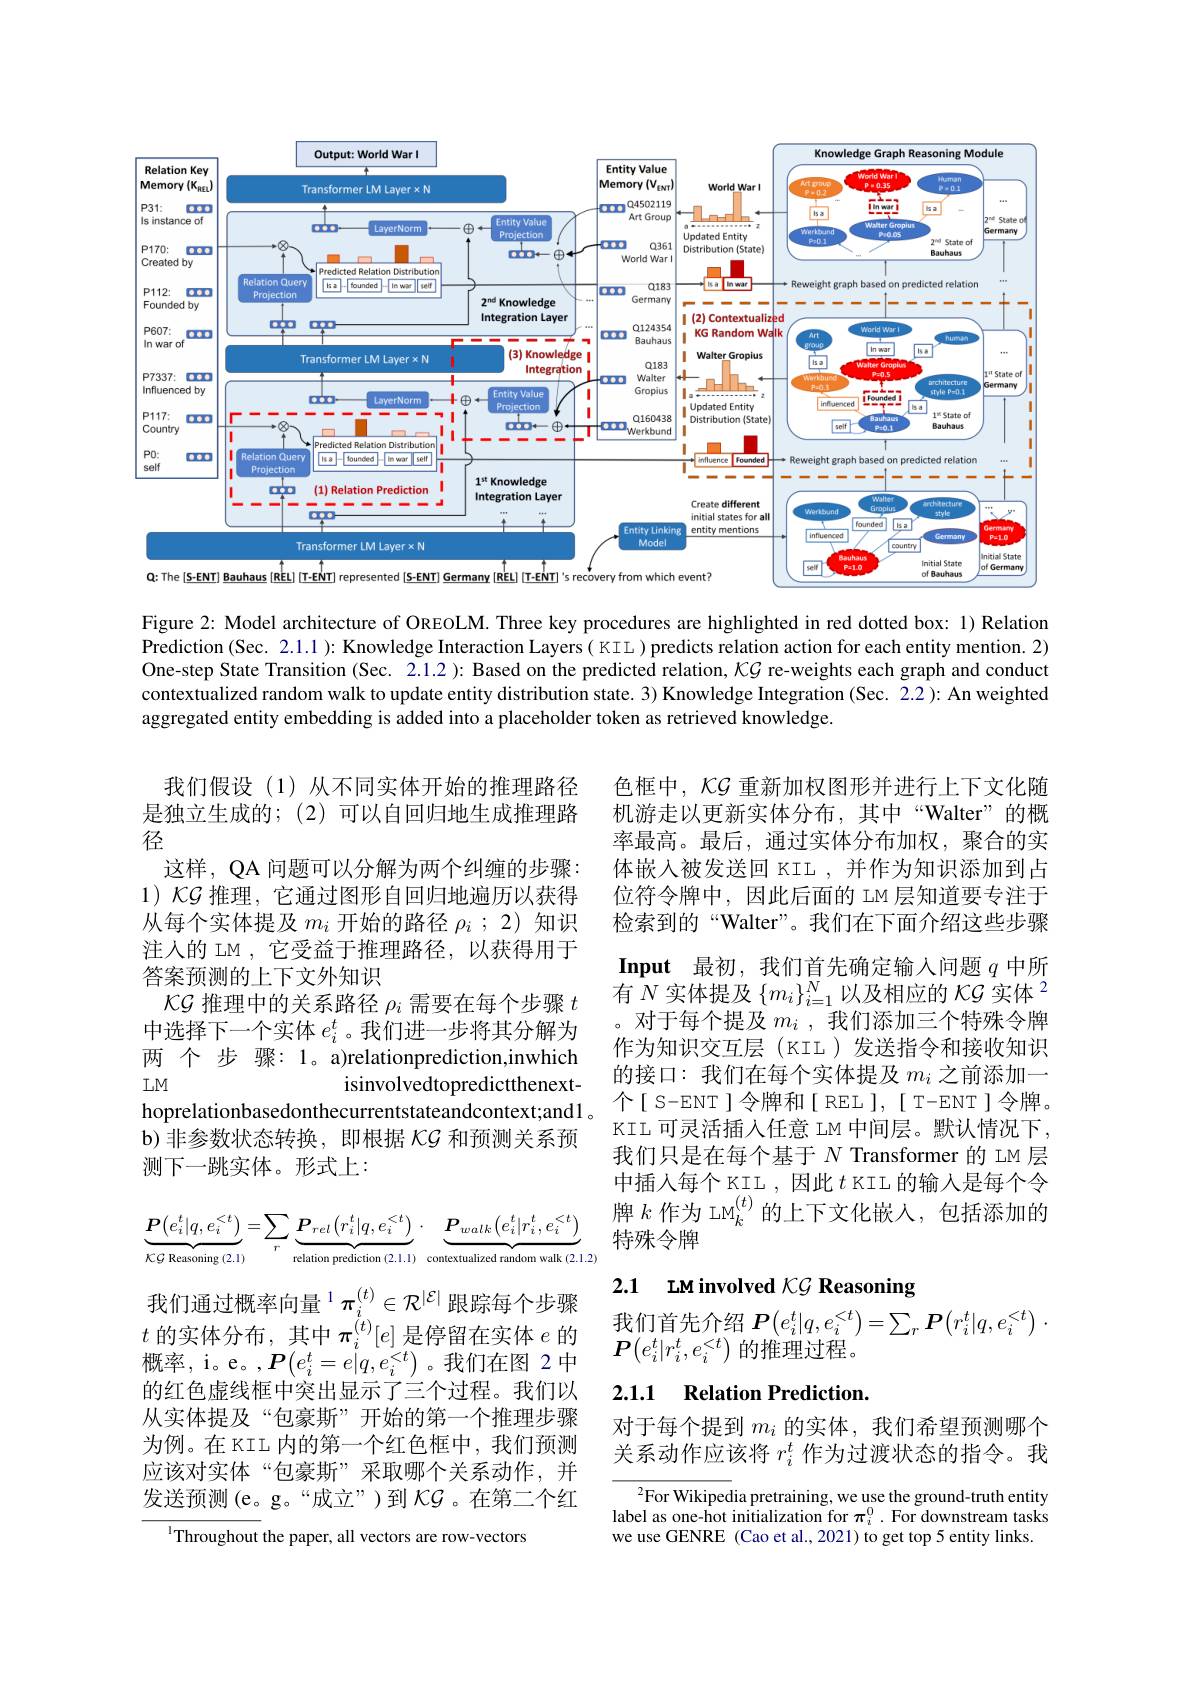
<FigureHere>

Figure 2: Model architecture of OREOLM. Three key procedures are highlighted in red dotted box: 1) Relation Prediction (Sec. 2.1.1 ): Knowledge Interaction Layers( KIL ) predicts relation action for each entity mention. 2) One-step State Transition (Sec. 2.1.2 ): Based on the predicted relation, $\kappa\mathcal{G}$ re-weights each graph and conduct contextualized random walk to update entity distribution state. 3) Knowledge Integration (Sec. 2.2): An weighted aggregated entity embedding is added into a placeholder token as retrieved knowledge.

我们假设(1)从不同实体开始的推理路径是独立生成的；(2)可以自回归地生成推理路径
这样，QA 问题可以分解为两个纠缠的步骤： 1) KG 推理，它通过图形自回归地遍历以获得从每个实体提及$m_i$开始的路径$\rho_i$ ;2) 知识注人的 LM ,它受益于推理路径，以获得用于答案预测的上下文外知识
$\mathcal{KG}$推理中的关系路径$\rho_i$需要在每个步骤$t$ 中选择下一个实体$e_i^t$。我们进一步将其分解为两 个 步 骤：1。a)relationprediction,inwhich $LM$
isinvolvedtopredictthenext-
hoprelationbasedonthecurrentstateandcontext;and1。个[ S-ENT]令牌和[ REL],[ T-ENT]令牌。
b)非参数状态转换，即根据$\mathcal{KG}$和预测关系预
测下一跳实体。形式上：

色框中，$\mathcal{KG}$重新加权图形并进行上下文化随机游走以更新实体分布，其中“Walter”的概率最高。最后，通过实体分布加权，聚合的实体嵌入被发送回 KIL ,并作为知识添加到占位符令牌中，因此后面的 LM 层知道要专注于检索到的“Walter”。我们在下面介绍这些步骤Input 最初，我们首先确定输入问题$q$中所有$N$实体提及$\left\{m_i\right\}_i=1^N$以及相应的$KG\text{ 实体}^2$ 对于每个提及$m_i$ ,我们添加三个特殊令牌作为知识交互层(KIL)发送指令和接收知识的接口：我们在每个实体提及$m_i$之前添加一KIL 可灵活插入任意 IM 中间层。默认情况下， 我们只是在每个基于$N$ Transformer 的 LM 层中插人每个 KIL , 因此$t$ KII 的输入是每个令牌$k\text{ 作为 LM}_k^{(t)}$的上下文化嵌入，包括添加的特殊令牌
$$\underbrace{\boldsymbol{P}\big(e_{i}^{t}|q,e_{i}^{<t}\big)}_{\boldsymbol{K}\mathcal{G}\text{Reasoning (2.1)}}=\sum_{r}\underbrace{\boldsymbol{P}_{rel}\big(r_{i}^{t}|q,e_{i}^{<t}\big)}_{\text{relation prediction (2.1.1)}}\cdot\underbrace{\boldsymbol{P}_{walk}\big(e_{i}^{t}|r_{i}^{t},e_{i}^{<t}\big)}_{\text{contextualized random walk (2.1.2)}}$$
# 2.1 LM involved KG Reasoning $\text{我 们 通 过 概 率 问 重 }^{\cdot }\pi _{i}^{\prime }\in \mathcal{R} ^{| \mathrm{c} | }$ 眼 踪 母 个 步 骤 我 们 首 先 介 绍 $P( e_{i}^{t}| q, e_{i}^{< t}) = \sum _{r}\boldsymbol{P}( r_{i}^{t}| q, e_{i}^{< t})$ . $t$ 的 实 体 分 布 , 其 中 $\pi _{i}^{( t) }[ e]$ 是 停 留 在 实 体 $e$ 的 $\boldsymbol{P}( e_{i}^{t}| r_{i}^{t}, e_{i}^{< t})$ 的 推 理 过 程 。

### 2.1.1 Relation Prediction

我们通过概率向量$^{1}\pi_i^{(t)}\in\mathcal{R}^{|\mathcal{E}|}$跟踪每个步骤概率，i。e。$,\boldsymbol{P}(e_i^t=e|q,e_i^{<t})$。我们在图 2中的红色虚线框中突出显示了三个过程。我们以从实体提及“包豪斯”开始的第一个推理步骤为例。在 KIL 内的第一个红色框中，我们预测应该对实体“包豪斯”采取哪个关系动作，并发送预测(e。g。“成立”)到$\mathcal{KG}$。在第二个红

对于每个提到$m_i$的实体，我们希望预测哪个关系动作应该将$r_i^t$作为过渡状态的指令。我

$^2$For Wikipedia pretraining, we use the ground-truth entity label as one-hot initialization for $\pi_i^0.$ For downstream tasks we use GENRE (Cao et al., 2021) to get top 5 entity links.

$^{\mathrm{l}}$Throughout the paper, all vectors are row-vectors